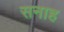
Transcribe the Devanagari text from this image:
सनाह